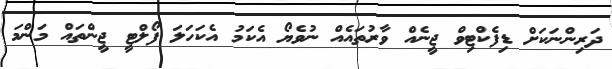
ދަރިންނަކަށް ޑިފެކްޓިވް ޖީނެއް ވާރުތައެއް ނުވެޔޯ އެކަމު އެކަހަލަ ފޯލްޓީ ޖީންތައް މަންމަ